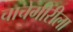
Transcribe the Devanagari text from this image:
चाचेगीरीला